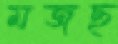
মজছ